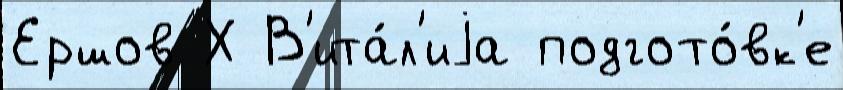
Ершов Х В'ита́л'иjа подгото́вк'е